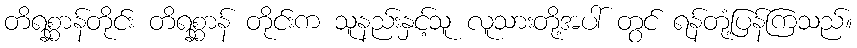
တိရစ္ဆာန်တိုင်း တိရစ္ဆာန် တိုင်းက သူနည်းနှင့်သူ လူသားတို့အပါ် တွင် ရန်တုံ့ပြန်ကြသည်။